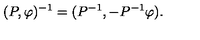
( P , \varphi ) ^ { - 1 } = ( P ^ { - 1 } , - P ^ { - 1 } \varphi ) .